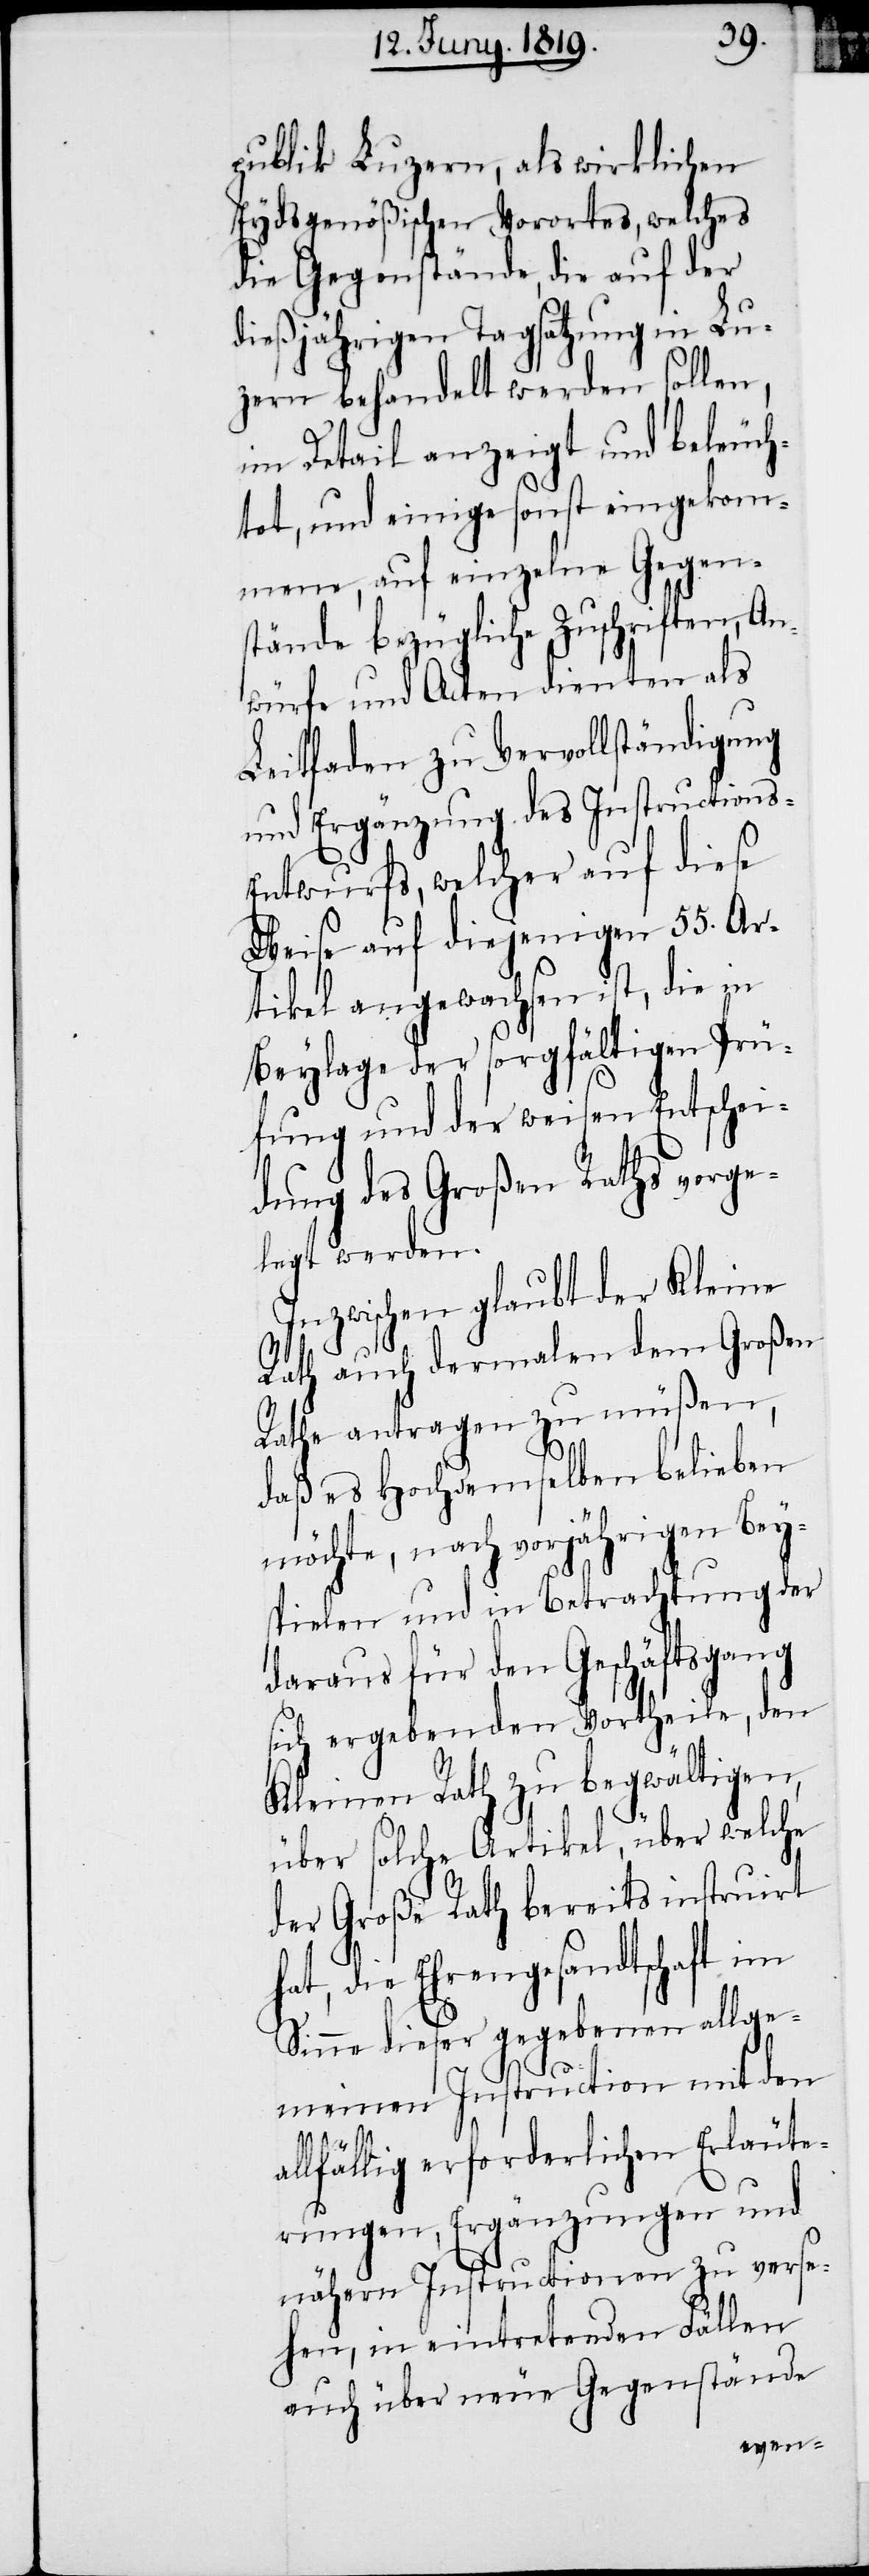
publik Luzern, als wirklichen
Eydsgenößischen Vorortes, welches
die Gegenstände, die auf der
dießjährigen Tagsatzung in Lu¬
zern behandelt werden sollen,
im Detail anzeigt und beleuch¬
tet, und einige sonst eingekom¬
mene, auf einzelne Gegen¬
stände bezügliche Zuschriften, An¬
würfe und Acten dienten als
Leitfaden zu Vervollständigung
und Ergänzung des Instructions-E¬
ntwurfs, welcher auf diese
Weise auf diejenigen 55. Ar¬
tikel angewachsen ist, die in
Beylage der sorgfältigen Prü¬
fung und der weisen Entschei¬
dung des Großen Raths vorge¬
legt werden.
Inzwischen glaubt der Kleine
Rath auch dermalen dem Großen
Rathe antragen zu müßen,
daß es Hochdemselben belieben
möchte, nach vorjährigen Bey¬
spielen und in Betrachtung der
daraus für den Geschäftsgang
sich ergebenden Vortheile, den
Kleinen Rath zu begwältigen,
über solche Artikel, über welche
der Große Rath bereits instruirt
die Ehrengesandtschaft im
Sinne dieser gegebenen allge¬
meinen Instruction mit den
allfällig erforderlichen Erläute¬
rungen, Ergänzungen und
nähern Instructionen zu verse¬
hen, in eintretenden Fällen
auch über neue Gegenstände